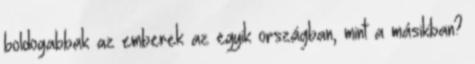
boldogabbak az emberek az egyik országban, mint a másikban?